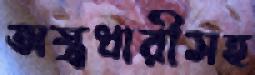
অস্ত্রধারীসহ